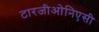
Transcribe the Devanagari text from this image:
टारजीओनिएसी